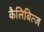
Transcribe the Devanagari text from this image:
कैलिबित्ज